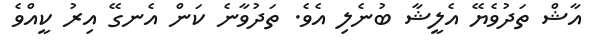
އާޝް ތަދުވެޔޭ އެލީޝާ ބުނެލި އެވެ. ތަދުވާނެ ކަން އެނގޭ އިރު ކީއްވެ